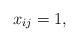
LaTeX: \begin{gather*}x_{ij}=1 ,\end{gather*}